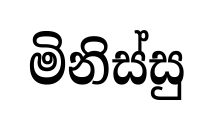
මිනිස්සු